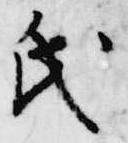
氏